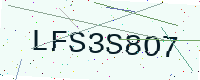
Text: LFS3S8O7